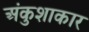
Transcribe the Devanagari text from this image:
अंकुशाकार